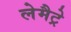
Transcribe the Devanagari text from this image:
लेमैट्रे